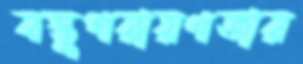
বস্তুপরায়ণতার